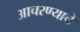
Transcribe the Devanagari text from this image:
आचरण्याचे